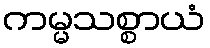
ကမ္မသစ္စာယံ